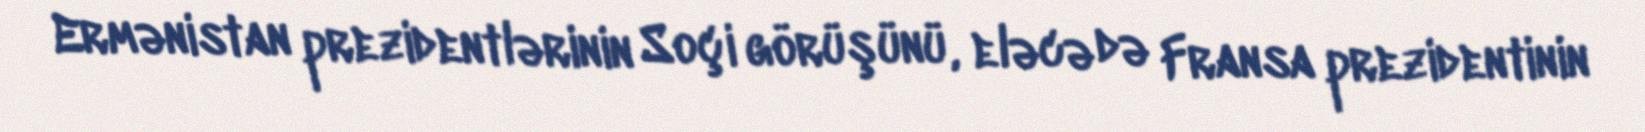
Ermənistan prezidentlərinin Soçi görüşünü, eləcə də Fransa prezidentinin